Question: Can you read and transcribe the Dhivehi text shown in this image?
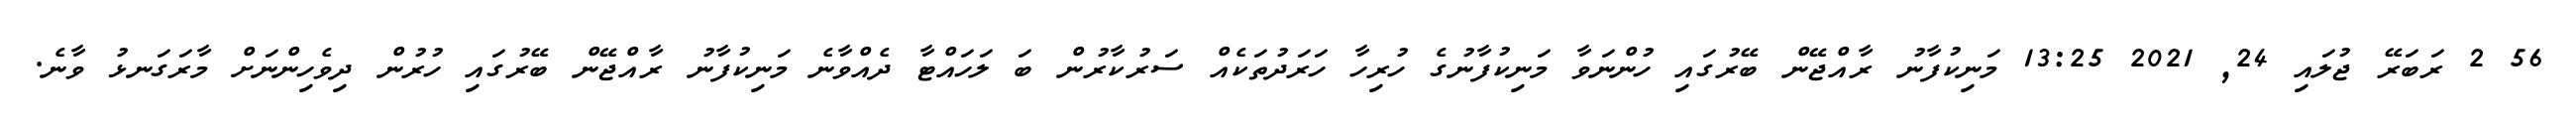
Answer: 56 2 ރަބަރޭ ޖުލައި 24, 2021 13:25 މަނިކުފާނު ރާއްޖޭން ބޭރުގައި ހުންނަވާ މަނިކުފާނުގެ ހުރިހާ ހަރަދުތަކެއް ސަރުކާރުން ބަ ލަހައްޓާ ދެއްވާނެ މަނިކުފާނު ރާއްޖޭން ބޭރުގައި ހުރުން ދިވެހިންނަށް މާރަގަނޅު ވާނެ.